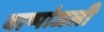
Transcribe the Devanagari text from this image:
बाष्पांजली